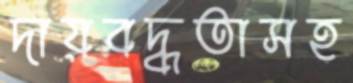
দায়বদ্ধতাসহ